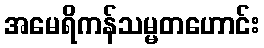
အမေရိကန်သမ္မတဟောင်း